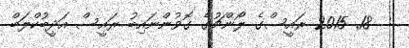
:  18